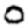
Digit: 0